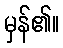
မှန်၏။